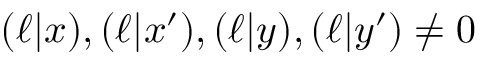
( \ell | x ) , ( \ell | x ^ { \prime } ) , ( \ell | y ) , ( \ell | y ^ { \prime } ) \neq 0